Vaccine operations Central Provinces & Berar 1922-1929 - 1922-1929
Year: 1922
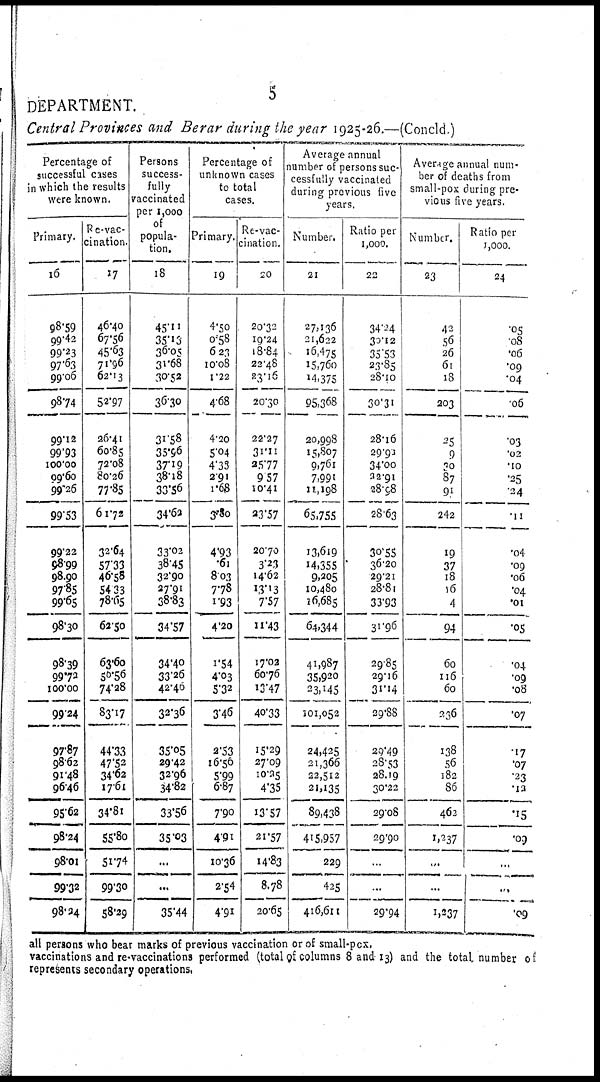
5
DEPARTMENT.
Central Provinces and Berar during the year 1925-26.—(Concld.)
Percentage of
successful cases
in which the results
were known.
Primary.
16
98.59
99.42
99.23
97.63
99.06
98.74
99.12
99.93
100.00
99.60
99.26
99.53
99.22
98.99
98.90
97.85
99.65
98.30
98.39
99.72
100.00
99.24
97.87
98.62
91.48
96.46
95.62
98.24
98.01
99.32
98.24
Re-vac-
cination.
17
46.40
67.56
45.63
71.96
62.13
52.97
26.41
60.85
72.08
80.26
77.85
61.72
32.64
57.33
46.58
54.33
78.65
62.50
63.60
50.56
74.28
83.17
44.33
47.52
34.62
17.61
34.81
55.80
51.74
99.30
58.29
Persons
success-
fully
vaccinated
per 1,000
of
popula-
tion.
18
45.11
35.13
36.05
31.68
30.52
36.30
31.58
35.96
37.19
38.18
33.56
34.62
33.02
38.45
32.90
27.91
38.83
34.57
34.40
33.26
42.46
32.36
35.05
29.42
32.96
34.82
33.56
35.03
...
...
35.44
Percentage of
unknown cases
to total
cases.
Primary.
19
4.50
0.58
6.23
10.08
1.22
4.68
4.20
5.04
4.33
2.91
1.68
3.80
4.93
.61
8.03
7.78
1.93
4.20
1.54
4.03
5.32
3.46
2.53
16.56
5.99
6.87
7.90
4.91
10.36
2.54
4.91
Re-vac-
cination.
20
20.32
19.24
18.84
22.48
83.16
20.30
22.27
31.11
25.77
9.57
10.41
23.57
20.70
3.23
14.62
13.13
7.57
11.43
17.02
60.76
13.47
40.33
15.29
27.09
10.25
4.35
13.57
21.57
14.83
8.78
20.65
Average annual
number of persons suc-
cessfully vaccinated
during previous five
years.
Number.
21
27,136
21,622
16,475
15,760
14,375
95,368
20,998
15,807
9,761
7,991
11,198
65,755
13,619
14,355
9,205
10,480
16,685
64,344
41,987
35,920
23,145
101,052
24,425
21,366
22,512
21,135
89,438
415,957
229
425
416,611
Ratio per
1,000.
22
34.24
30.12
35.53
23.85
28.10
30.31
28.16
29.91
34.00
32.91
28.98
28.63
30.55
36.20
29.21
28.81
33.93
31.96
29.85
29.16
31.14
29.88
29.49
28.53
28.19
30.22
29.08
29.90
...
..
29.94
Average annual num-
ber of deaths from
small-pox during pre-
vious five years.
Number.
23
42
56
26
61
18
203
25
9
30
87
91
242
19
37
18
16
4
94
60
116
60
236
138
56
182
86
462
1,237
.,.
...
1,237
Ratio per
1,000.
24
.05
.08
.06
.09
.04
.06
.03
.02
.10
.25
24
.11
.04
.09
.06
.04
.01
.05
.04
.09
.08
.07
.17
.07
.23
.13
.15
.09
...
...
.09
all persons who bear marks of previous vaccination or of small-pox.
vaccinations and re-vaccinations performed (total of columns 8 and 13) and the total number of
represents secondary operations.